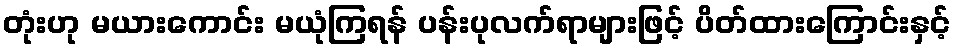
တုံးဟု မယားကောင်း မယုံကြရန် ပန်းပုလက်ရာများဖြင့် ပိတ်ထားကြောင်းနှင့်